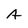
Character: A